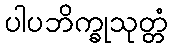
ပါပဘိက္ခုသုတ္တံ